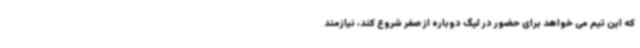
که این تیم می خواهد برای حضور در لیگ دوباره از صفر شروع کند، نیازمند